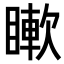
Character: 𥊡